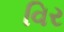
વિર